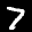
Label: 7